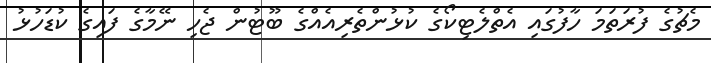
މެޗުގެ ފުރަތަމަ ހާފުގައި އެތްލެޓިކޯގެ ކުޅުންތެރިއެއްގެ ބޫޓުން ޖެހި ނޭމާގެ ފައިގެ ކުޑަހުޅު